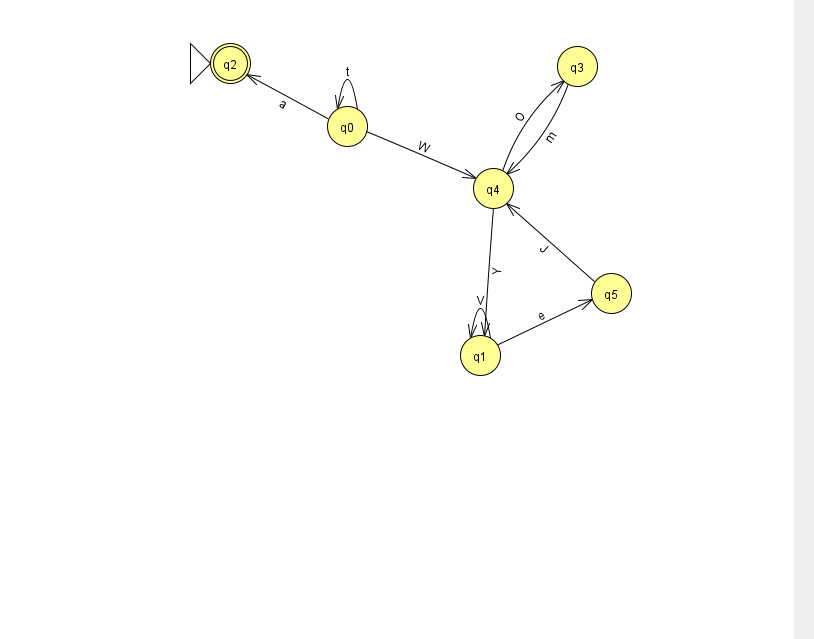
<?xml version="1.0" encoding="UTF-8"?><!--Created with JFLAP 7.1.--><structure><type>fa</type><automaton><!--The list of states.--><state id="0" name="q0"><x>347.0</x><y>113.0</y></state><state id="1" name="q1"><x>480.0</x><y>342.0</y></state><state id="2" name="q2"><x>230.0</x><y>50.0</y><initial/><final/></state><state id="3" name="q3"><x>577.0</x><y>53.0</y></state><state id="4" name="q4"><x>493.0</x><y>175.0</y></state><state id="5" name="q5"><x>611.0</x><y>280.0</y></state><!--The list of transitions.--><transition><from>0</from><to>0</to><read>t</read></transition><transition><from>0</from><to>2</to><read>a</read></transition><transition><from>0</from><to>4</to><read>W</read></transition><transition><from>1</from><to>1</to><read>V</read></transition><transition><from>5</from><to>4</to><read>J</read></transition><transition><from>3</from><to>4</to><read>m</read></transition><transition><from>1</from><to>5</to><read>e</read></transition><transition><from>4</from><to>1</to><read>Y</read></transition><transition><from>4</from><to>3</to><read>O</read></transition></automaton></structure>